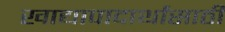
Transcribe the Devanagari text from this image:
खाद्यापादार्थांसाठी